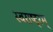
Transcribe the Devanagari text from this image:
स्वराष्ट्रम्‌